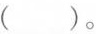
()。